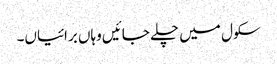
سکول میں چلے جائیں وہاں برائیاں۔